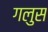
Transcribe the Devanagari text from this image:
गलुस